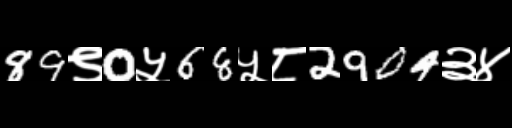
Text: 89९0५68५८2904३४